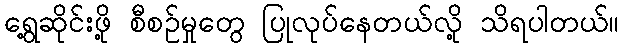
ရွေ့ဆိုင်းဖို့ စီစဉ်မှုတွေ ပြုလုပ်နေတယ်လို့ သိရပါတယ်။